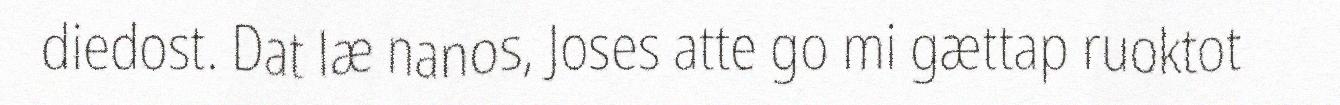
diedost. Dat læ nanos, Joses atte go mi gættap ruoktot